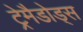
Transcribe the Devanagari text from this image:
ट्रेमैडोड्स